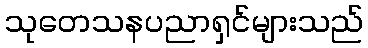
သုတေသနပညာရှင်များသည်